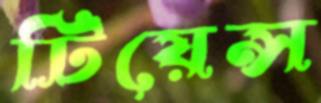
টিয়েন্স